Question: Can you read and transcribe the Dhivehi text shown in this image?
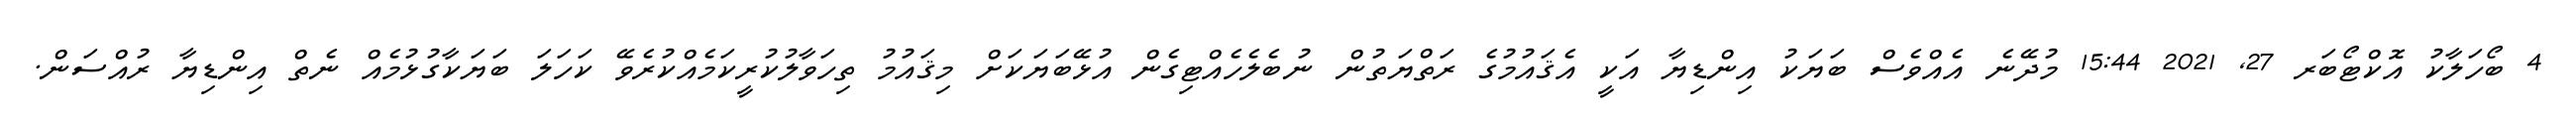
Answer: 4 ބޯހަލާކު އޮކްޓޯބަރ 27, 2021 15:44 މުދޭނެ އެއްވެސް ބަޔަކު އިންޑިޔާ އަކީ އެޤައުމުގެ ރަތްޔަތުން ނުބެލެހެއްޓިގެން އުޅޭބަޔަކަށް މިޤައުމު ތިހަވާލުކުރީކަމެއްކުރެވޭ ކަހަލަ ބަޔަކާގުޅުމެއް ނެތް އިންޑިޔާ ރުއްސަން.